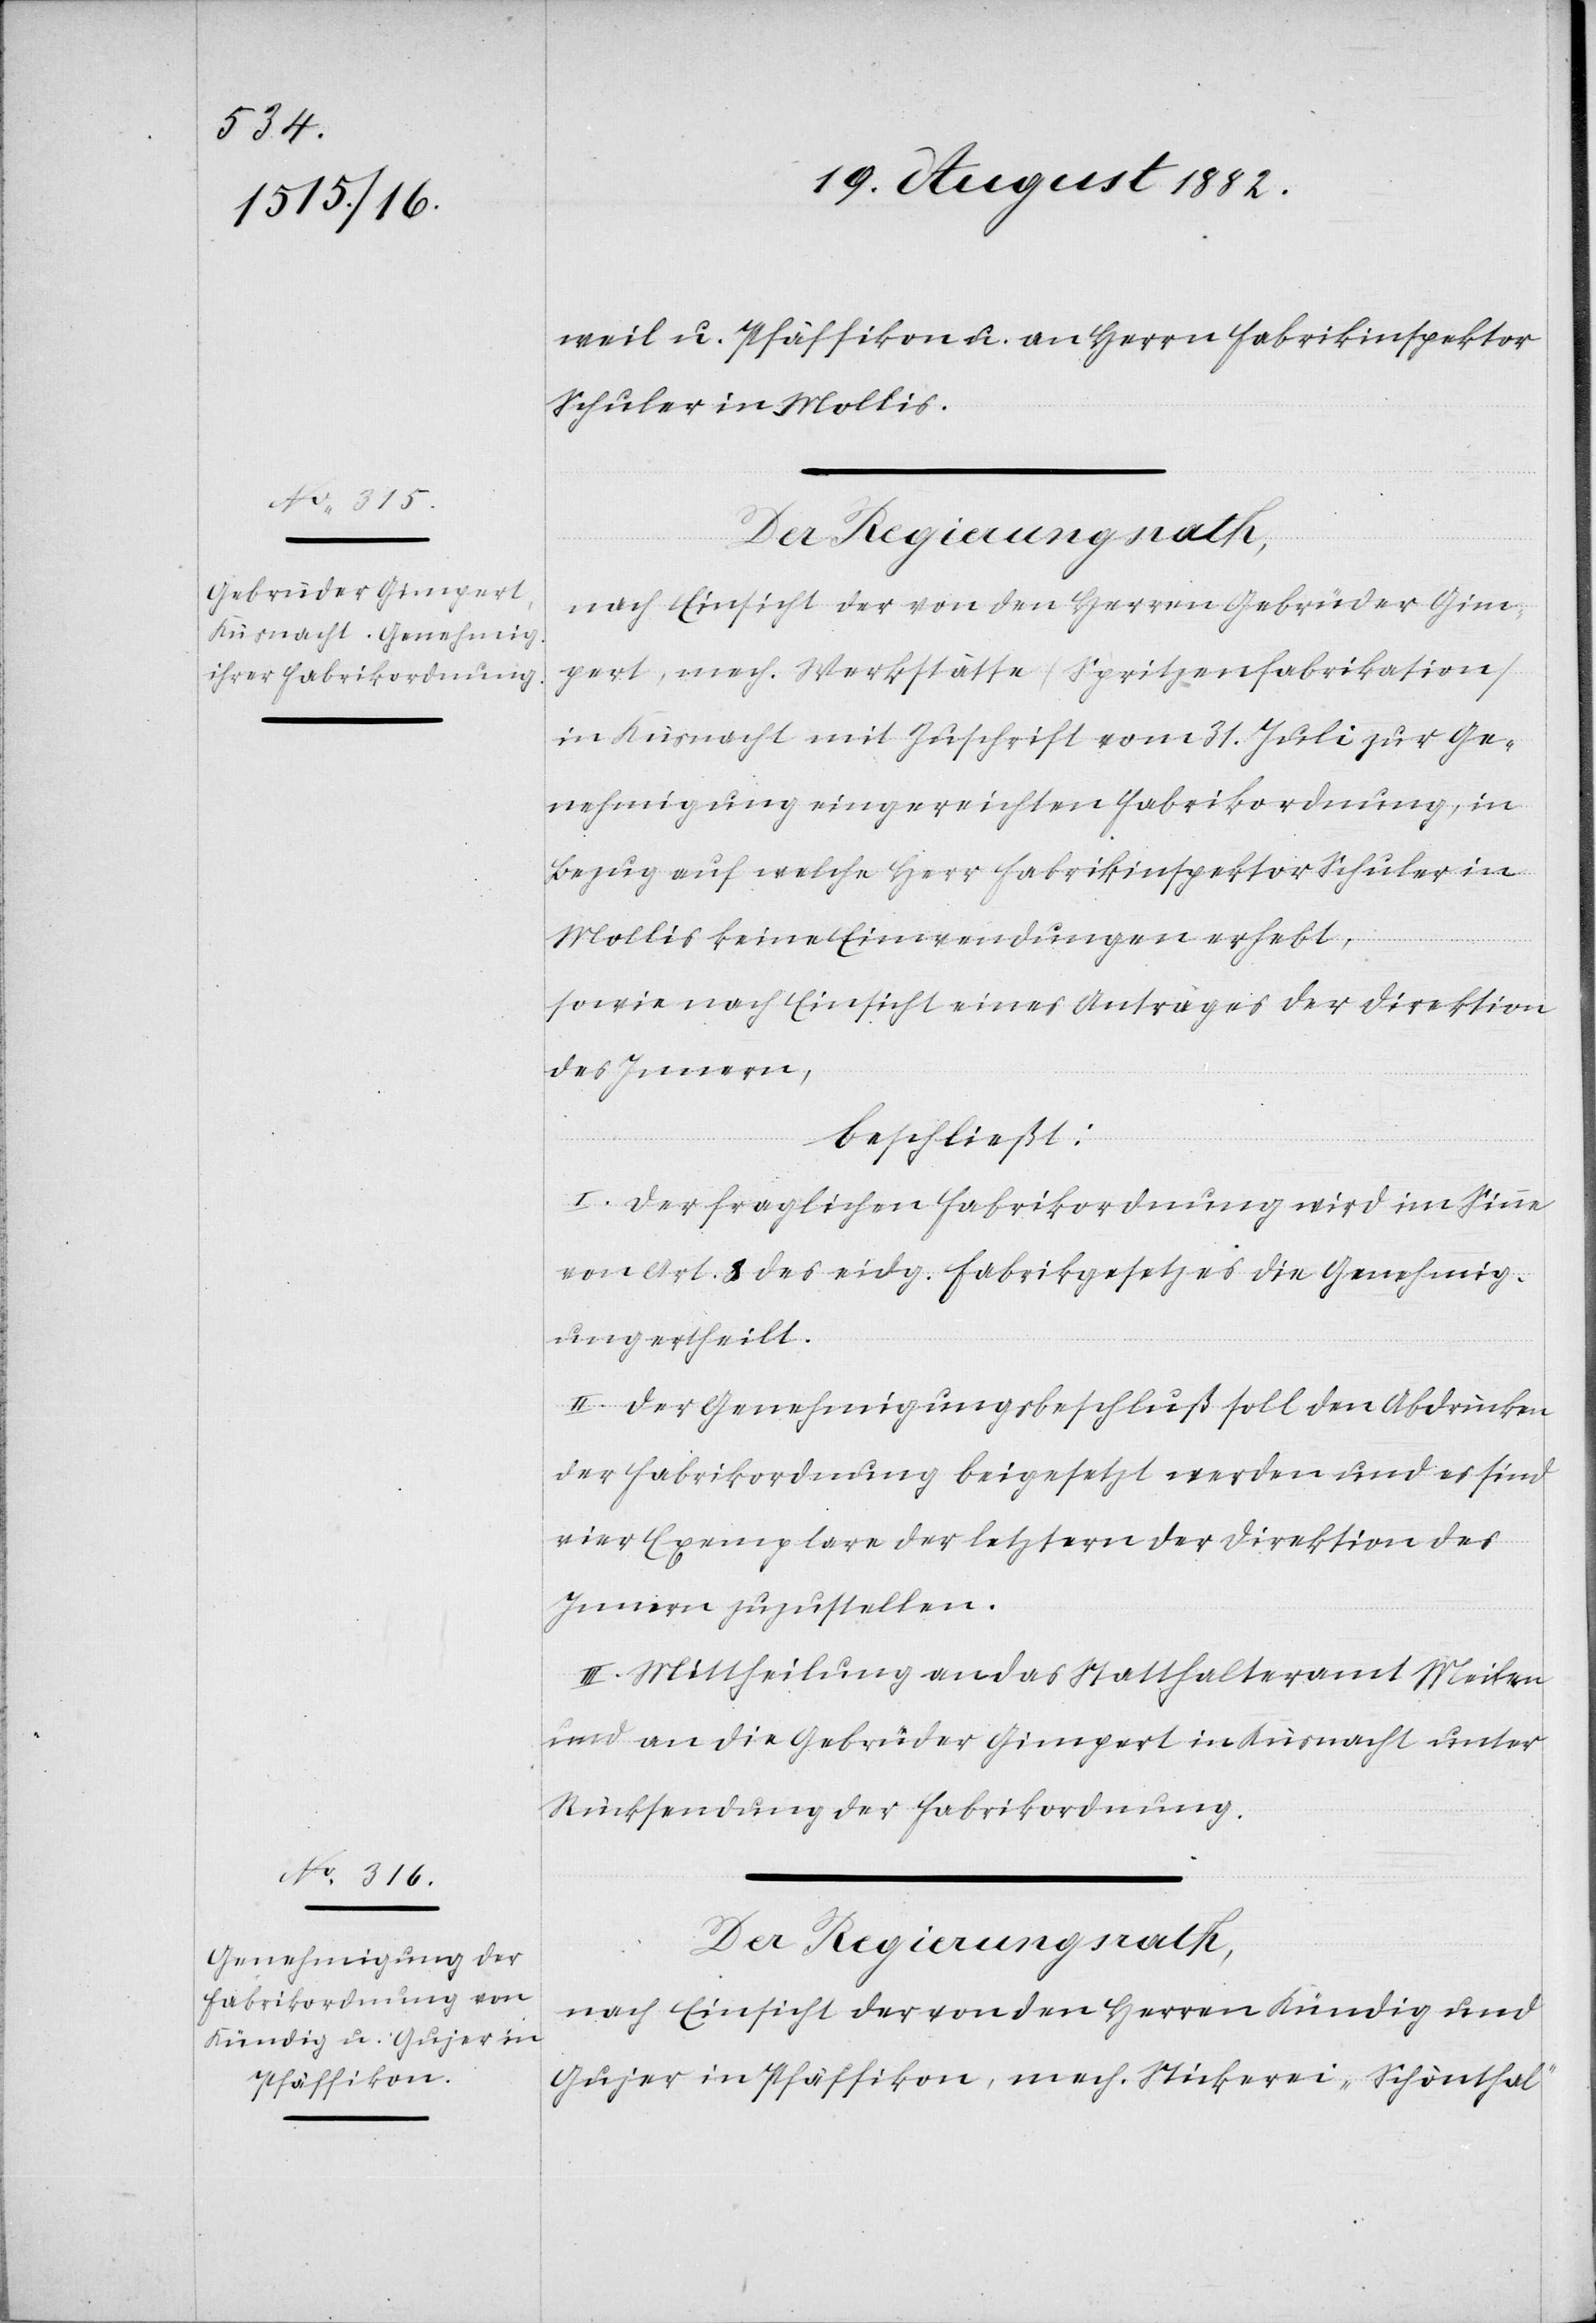
weil u. Pfäffikon u. an Herrn Fabrikinspektor
Schuler in Mollis.
Der Regierungsrath,
nach Einsicht der von den Herren Gebrüder Gim¬
pert, mech. Werkstätte (Spritzenfabrikation)
in Küsnacht mit Zuschrift vom 31. Juli zur Ge¬
nehmigung eingereichten Fabrikordnung, in
Bezug auf welche Herr Fabrikinspektor Schuler in
Mollis keine Einwendungen erhebt,
sowie nach Einsicht eines Antrages der Direktion
des Innern,
beschließt:
I. Der fraglichen Fabrikordnung wird im Sinne
von Art. 8 des eidg. Fabrikgesetzes die Genehmig¬
ung ertheilt.
II. Der Genehmigungsbeschluß soll den Abdrücken
der Fabrikordnung beigesetzt werden und es sind
vier Exemplare der letztern der Direktion des
Innern zuzustellen.
III. Mittheilung an das Statthalteramt Meilen
und an die Gebrüder Gimpert in Küsnacht unter
Rücksendung der Fabrikordnung.
Der Regierungsrath,
nach Einsicht der von den Herren Kündig und
Gujer in Pfäffikon, mech. Stickerei „Schönthal“